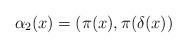
LaTeX: \begin{align*}\alpha_2(x) = (\pi(x), \pi(\delta(x)) \end{align*}